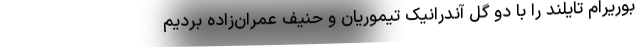
بوریرام تایلند را با دو گل آندرانیک تیموریان و حنیف عمران‌زاده بردیم